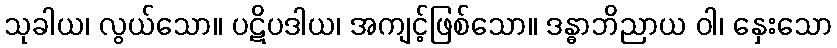
သုခါယ၊ လွယ်သော။ ပဋိပဒါယ၊ အကျင့်ဖြစ်သော။ ဒန္ဓာဘိညာယ ဝါ၊ နှေးသော